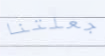
جعلتنا